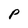
Character: P